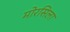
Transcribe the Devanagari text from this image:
मोरसिला